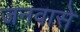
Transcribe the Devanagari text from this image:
जनवासे